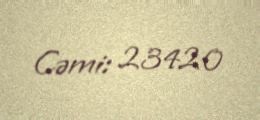
Cəmi: 23420